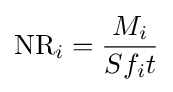
\mathrm {NR} _{i}={\frac {M_{i}}{Sf_{i}t}}